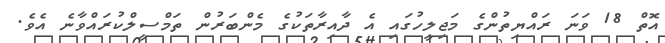
އޮތް 18 ވަނަ ރައްޔިތުންގެ މަޖިލީހުގައި އެ ދާއިރާތަކުގެ މެންބަރުން ތަމްސީލްކުރައްވާނެ އެވެ.